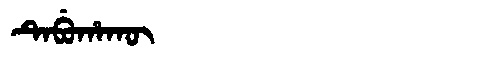
Manchu: ᡨᡝᠪᡠᡥᠠᡴᡡ
Romanization: TEBUHAKŪ